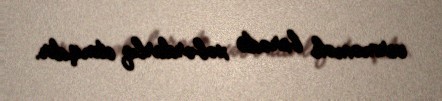
verməmək barədə xəbərdarlıq etmişdir.